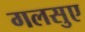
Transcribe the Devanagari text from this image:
गलसुए